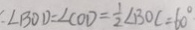
: \angle B O D = \angle C O D = \frac { 1 } { 2 } \angle B O C = 6 0 ^ { \circ }